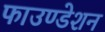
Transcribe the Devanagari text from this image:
फाउण्‍डेशन